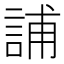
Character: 誧